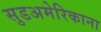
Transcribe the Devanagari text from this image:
सुडअमेरिकाना